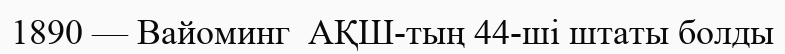
1890 — Вайоминг  АҚШ-тың 44-ші штаты болды